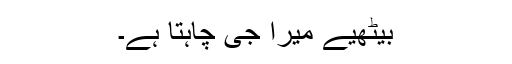
بیٹھیے میرا جی چاہتا ہے۔